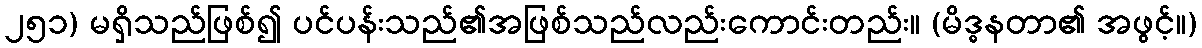
၂၅၁) မရှိသည်ဖြစ်၍ ပင်ပန်းသည်၏အဖြစ်သည်လည်းကောင်းတည်း။ (မိဒ္ဓနတာ၏ အဖွင့်။)